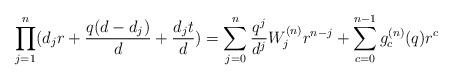
LaTeX: \begin{align*} \prod_{j=1}^{n}(d_jr + \frac{q(d-d_j)}{d}+ \frac{d_jt}{d})= \sum_{j=0}^{n} \frac{q^j}{d^j}W^{(n)}_jr^{n-j} +\sum_{c=0}^{n-1}g^{(n)}_c(q)r^{c}\end{align*}